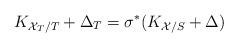
LaTeX: \begin{align*} K_{\mathcal{X}_T/T}+\Delta_T=\sigma^*(K_{\mathcal{X}/S}+\Delta) \end{align*}